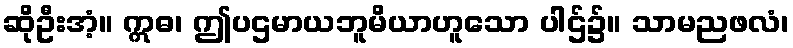
ဆိုဦးအံ့။ ဣဓ၊ ဤပဌမာယဘူမိယာဟူသော ပါဌ်၌။ သာမညဖလံ၊